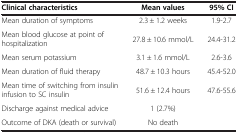
<table><thead><tr><td><b>Clinical characteristics</b></td><td><b>Mean values</b></td><td><b>95% CI</b></td></tr></thead><tbody><tr><td>Mean duration of symptoms</td><td>2.3 ± 1.2 weeks</td><td>1.9-2.7</td></tr><tr><td>Mean blood glucose at point of hospitalization</td><td>27.8 ± 10.6 mmol/L</td><td>24.4-31.2</td></tr><tr><td>Mean serum potassium</td><td>3.1 ± 1.6 mmol/L</td><td>2.6-3.6</td></tr><tr><td>Mean duration of fluid therapy</td><td>48.7 ± 10.3 hours</td><td>45.4-52.0</td></tr><tr><td>Mean time of switching from insulin infusion to SC insulin</td><td>51.6 ± 12.4 hours</td><td>47.6-55.6</td></tr><tr><td>Discharge against medical advice</td><td>1 (2.7%)</td><td>[EMPTY_CELL]</td></tr><tr><td>Outcome of DKA (death or survival)</td><td>No death</td><td>[EMPTY_CELL]</td></tr></tbody></table>